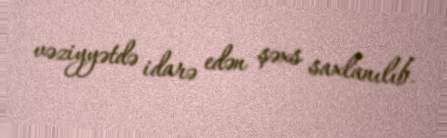
vəziyyətdə idarə edən şəxs saxlanılıb.